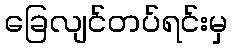
ခြေလျင်တပ်ရင်းမှ